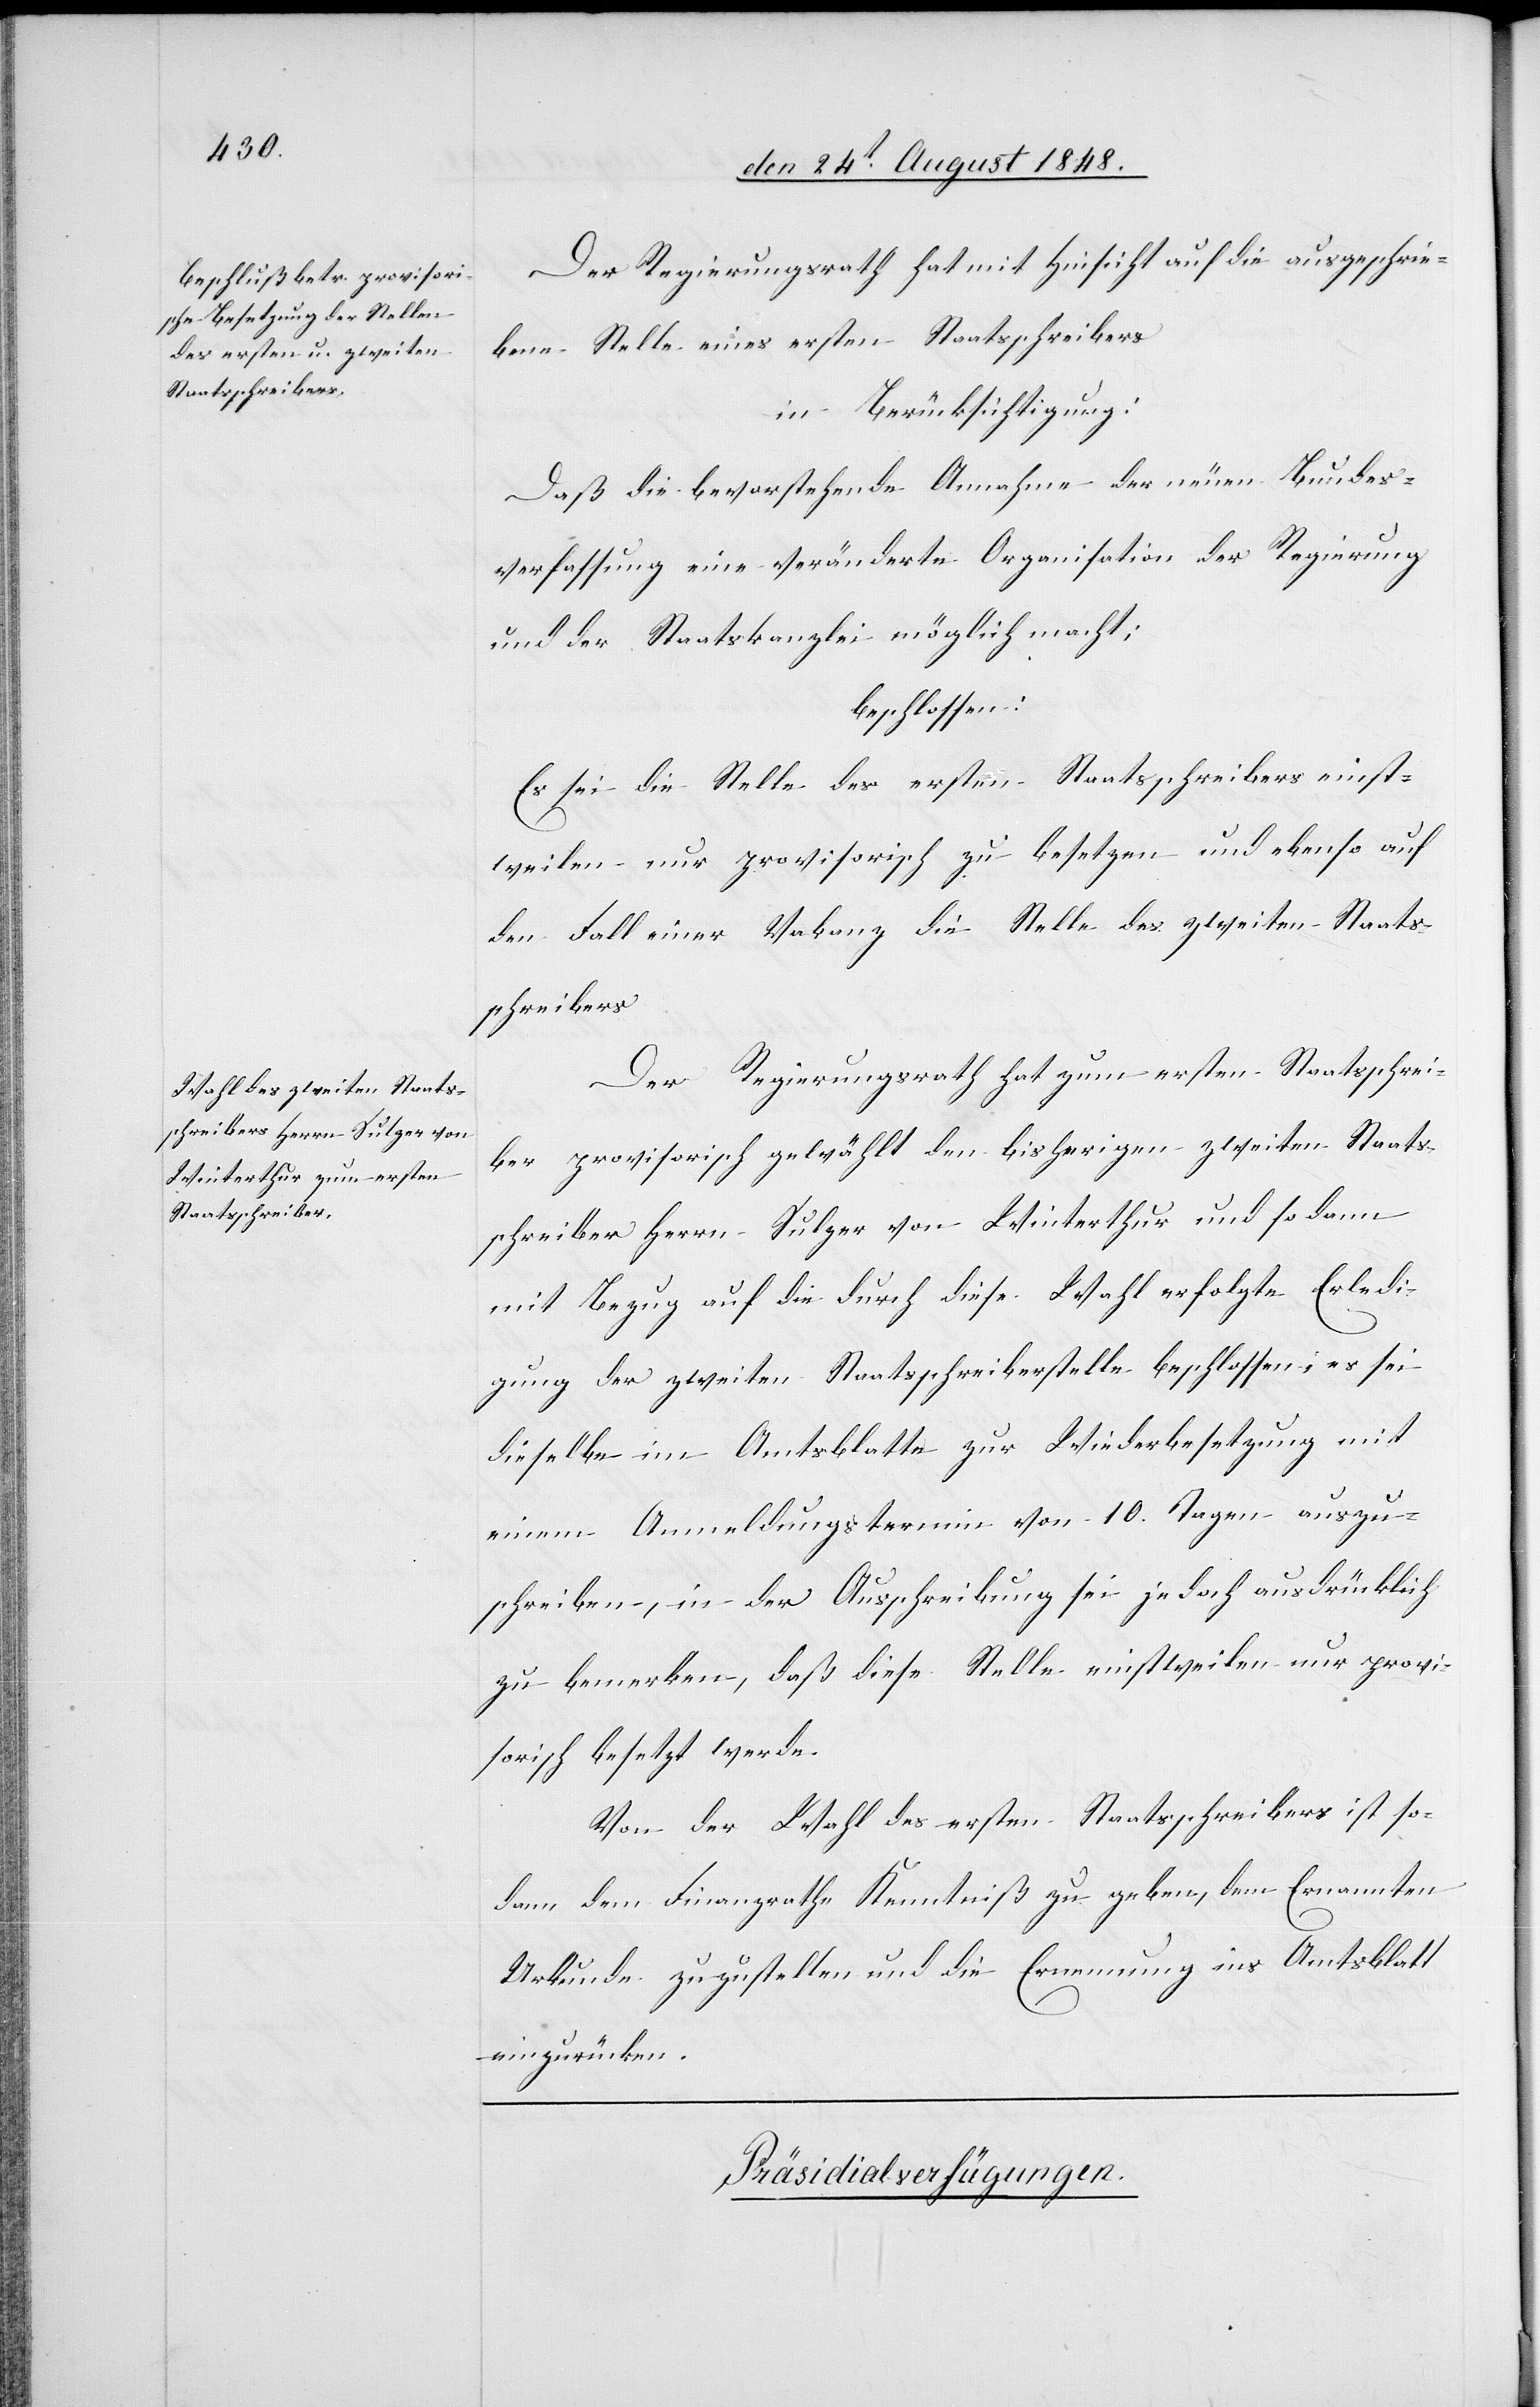
Der Regierungsrath hat mit Hinsicht auf die ausgeschrie¬
bene Stelle eines ersten Staatsschreibers
in Berücksichtigung:
Daß die bevorstehende Annahme der neuen Bundes¬
verfassung eine veränderte Organisation der Regierung
und der Staatskanzlei möglich macht:
beschlossen:
Es sei die Stelle des ersten Staatsschreibers einst¬
weilen nur provisorisch zu besetzen und ebenso auf
den Fall einer Vakanz die Stelle des zweiten Staats¬
schreibers.
Der Regierungsrath hat zum ersten Staatsschrei¬
ber provisorisch gewählt den bisherigen zweiten Staats¬
schreiber Herrn Sulzer von Winterthur und sodann
mit Bezug auf die durch diese Wahl erfolgte Erledi¬
gung der zweiten Staatsschreiberstelle beschlossen, es sei
dieselbe im Amtsblatte zur Wiederbesetzung mit
einem Anmeldungstermin von 10. Tagen auszu¬
schreiben, in der Ausschreibung sie jedoch ausdrücklich
zu bemerken, daß diese Stelle einstweilen nur provi¬
sorisch besetzt werde.
Von der Wahl des ersten Staatsschreibers ist so¬
dann dem Finanzrathe Kenntniß zu geben, dem Ernannten
Urkunde zuzustellen und die Ernennung ins Amtblatt
einzurücken.
Präsidialverfügungen.